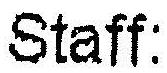
STAFF: